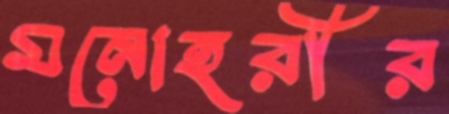
মনোহরীর